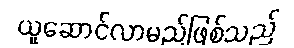
ယူဆောင်လာမည်ဖြစ်သည်